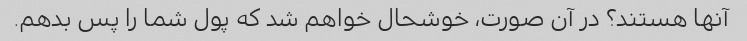
آنها هستند؟ در آن صورت، خوشحال خواهم شد که پول شما را پس بدهم.